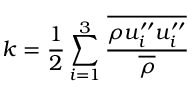
k = \frac { 1 } { 2 } \sum _ { i = 1 } ^ { 3 } \frac { \overline { { \rho u _ { i } ^ { \prime \prime } u _ { i } ^ { \prime \prime } } } } { \overline { { \rho } } }